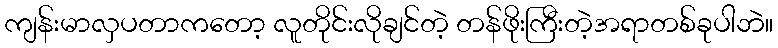
ကျန်းမာလှပတာကတော့ လူတိုင်းလိုချင်တဲ့ တန်ဖိုးကြီးတဲ့အရာတစ်ခုပါဘဲ။